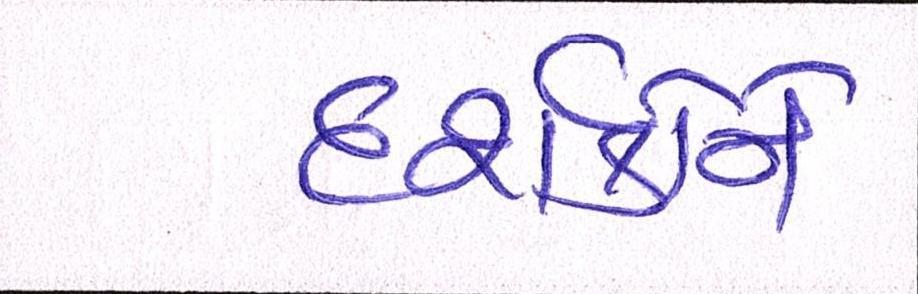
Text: દર્શકોને